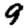
Digit: 9